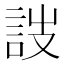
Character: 詜